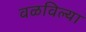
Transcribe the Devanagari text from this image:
वळविल्या